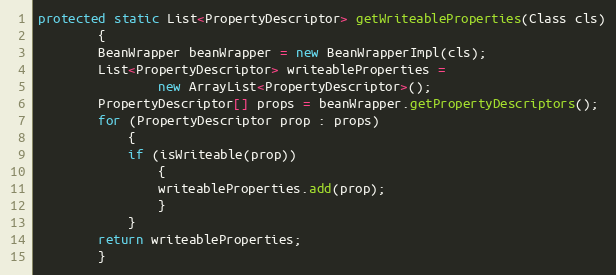
Language: Java
protected static List<PropertyDescriptor> getWriteableProperties(Class cls)
        {
        BeanWrapper beanWrapper = new BeanWrapperImpl(cls);
        List<PropertyDescriptor> writeableProperties =
                new ArrayList<PropertyDescriptor>();
        PropertyDescriptor[] props = beanWrapper.getPropertyDescriptors();
        for (PropertyDescriptor prop : props)
            {
            if (isWriteable(prop))
                {
                writeableProperties.add(prop);
                }
            }
        return writeableProperties;
        }